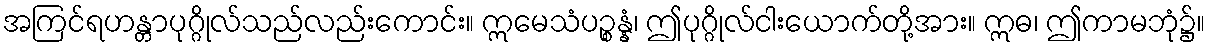
အကြင်ရဟန္တာပုဂ္ဂိုလ်သည်လည်းကောင်း။ ဣမေသံပဉ္စန္နံ၊ ဤပုဂ္ဂိုလ်ငါးယောက်တို့အား။ ဣဓ၊ ဤကာမဘုံ၌။